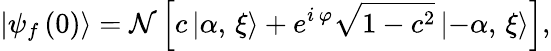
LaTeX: \left|\psi_{f}\left(0\right)\right\rangle=\mathcal{N}\left[c\left|\alpha,\, \xi\right\rangle+e^{i\, \varphi}\sqrt{1-c^{2}}\left|-\alpha,\, \xi\right\rangle\right],